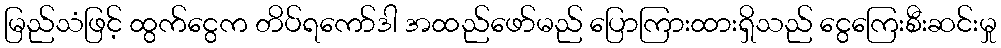
မြည်သံဖြင့် ထွက်ငွေက တိပ်ရကော်ဒါ အထည်ဖော်မည် ပြောကြားထားရှိသည် ငွေကြေးစီးဆင်းမှု